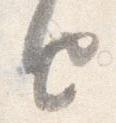
由